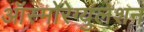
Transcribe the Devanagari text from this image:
ऑस्मोरेग्युलेशन